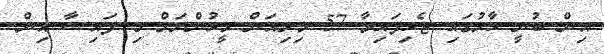
އިން ބުނީ ހާލުގައި ޖެހިފައިވާ 57 މިލިއަން މީހުންނަށް މި ފައިސާ އިން